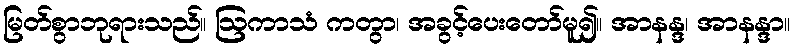
မြတ်စွာဘုရားသည်။ ဩကာသံ ကတွာ၊ အခွင့်ပေးတော်မူ၍။ အာနန္ဒ၊ အာနန္ဒာ။